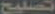
تصليح